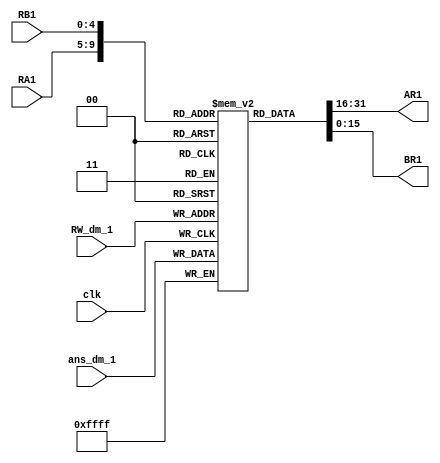
`timescale 1ns / 1ps
//////////////////////////////////////////////////////////////////////////////////
// Company: 
// Engineer: 
// 
// Design Name: 
// Module Name:    reg_bank 
// Project Name: 
// Target Devices: 
// Tool versions: 
// Description: 
//
// Dependencies: 
//
// Revision: 
// Revision 0.01 - File Created
// Additional Comments: 
//
//////////////////////////////////////////////////////////////////////////////////
module reg_bank(
    input [4:0] RA1,
    input [4:0] RB1,
    input [4:0] RW_dm_1,
    input clk,
    input [15:0] ans_dm_1,
    output [15:0] AR1,
    output [15:0] BR1
    );

reg [15:0] bank [31:0];

assign AR1 = bank[RA1];
assign BR1 = bank[RB1];

always @ (posedge clk)
begin 
	bank[RW_dm_1] <= ans_dm_1;
end			

endmodule